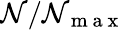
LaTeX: \mathcal{N}/\mathcal{N}_{\mathrm{~m~a~x~}}